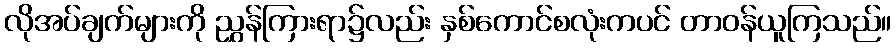
လိုအပ်ချက်များကို ညွှန်ကြားရာ၌လည်း နှစ်ကောင်စလုံးကပင် တာဝန်ယူကြသည်။